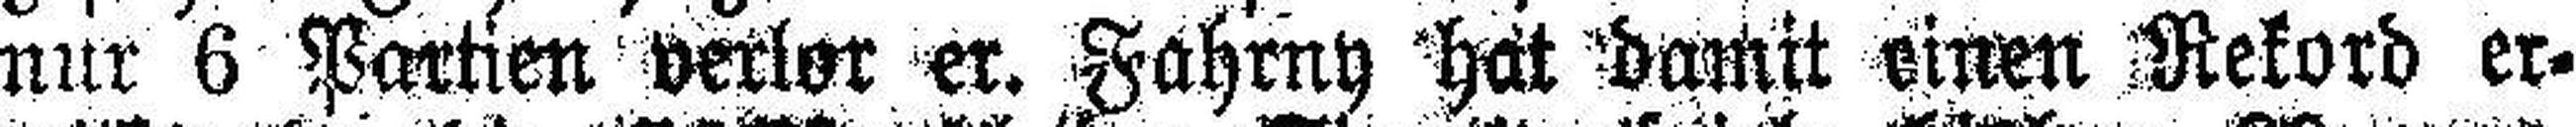
nur 6 Partien verlor er. Fahrny hat damit einen Rekord er¬